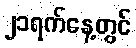
၂၁ရက်နေ့တွင်